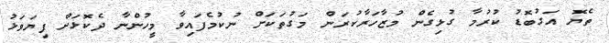
ތެޔޮ އަގުބޮޑު ކުރުމާ ގުޅިގެން މުޒާހަރާކުރަން މަގުތަކަށް ނުކުމެފައިވާ މީހުންނާ ދެކޮޅަށް ފިޔަވަޅު